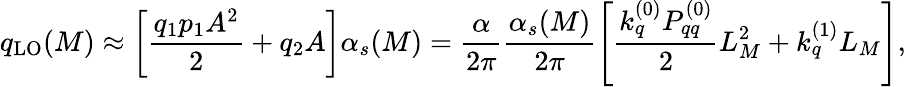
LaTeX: q_{\mathrm{LO}}(M)\approx\left[\frac{q_{1}p_{1}A^{2}}{2}+q_{2}A\right]\alpha_{s}(M)=\frac{\alpha}{2\pi}\frac{\alpha_{s}(M)}{2\pi}\left[\frac{k_{q}^{(0)}P_{qq}^{(0)}}{2}L_{M}^{2}+k_{q}^{(1)}L_{M}\right],